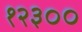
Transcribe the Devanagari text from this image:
१२३००